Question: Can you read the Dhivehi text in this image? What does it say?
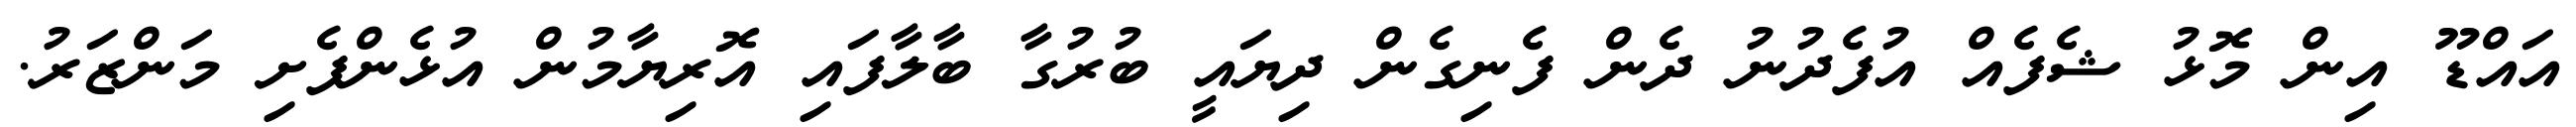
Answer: އައްޑޫ އިން މޮޅު ޝެފެއް އުފެދުނު ދެން ފެނިގެން ދިޔައީ ބުރުގާ ބާލާފައި އޮރިޔާމުން އުޅެންފެށި މަންޒަރު.